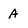
Character: A